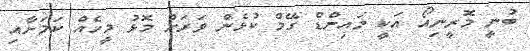
ބުނީ މޮރީނިއޯ އަކީ މައިންޑް ގޭމް ކުޅެން ވަރަށް މޮޅު މީހެއް ކަމަށާއި